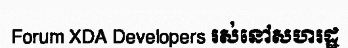
Forum XDA Developers រស់នៅសហរដ្ឋ